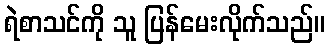
ရဲစာသင်ကို သူ ပြန်မေးလိုက်သည်။